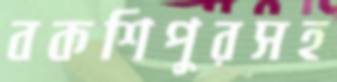
বকশিপুরসহ